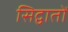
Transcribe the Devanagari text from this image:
सिद्वातों